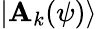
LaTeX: |\mathbf{A}_{k}(\psi)\rangle